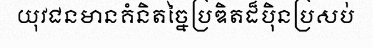
យុវជនមានគំនិតច្នៃប្រឌិតដ៏ប៉ិនប្រសប់